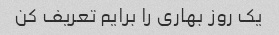
یک روز بهاری را برایم تعریف کن